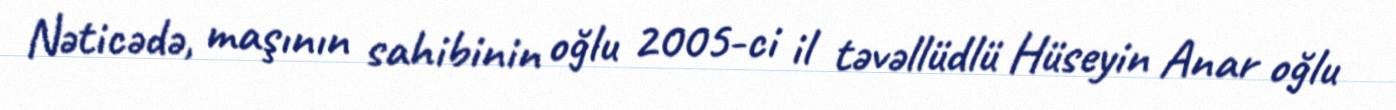
Nəticədə, maşının sahibinin oğlu 2005-ci il təvəllüdlü Hüseyin Anar oğlu